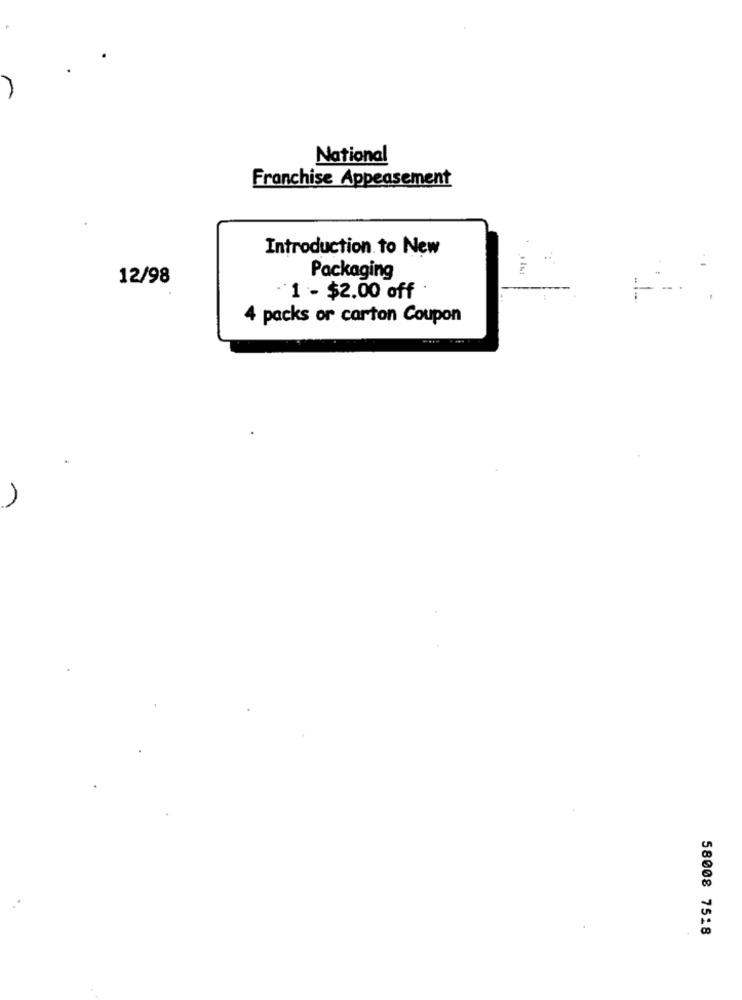
National
Franchise Appeasement
Introduction to New
12/98
Packaging
1 - $2.00 off
4 packs or carton Coupon
58008 7518